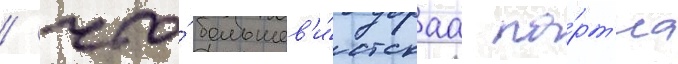
/ что́ большев'и́стскаа па́рт'иа